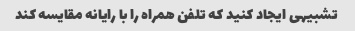
تشبیهی ایجاد کنید که تلفن همراه را با رایانه مقایسه کند